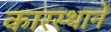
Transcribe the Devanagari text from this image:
कारस्थानें